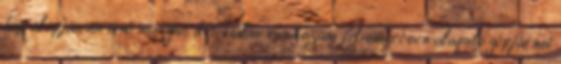
kép alapján történő mozgás detektálás rendszám felismerésen alapuló gépjármű